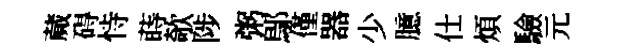
蕆碍恃蒔欹陟粥鄔僅器少臆仕煩驗元